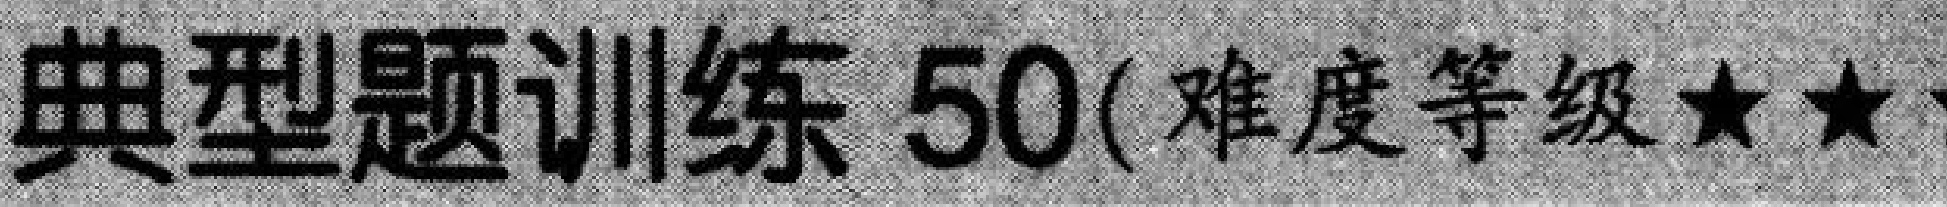
典型题训练 \(50\)( 难度等级 \(\star\star\)